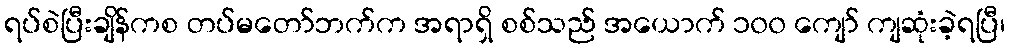
ရပ်စဲပြီးချိန်ကစ တပ်မတော်ဘက်က အရာရှိ စစ်သည် အယောက် ၁၀၀ ကျော် ကျဆုံးခဲ့ရပြီ၊